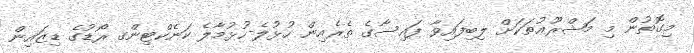
މިގޮތުން މި މަޝްރޫޢުތަކަށް ލިބިފައިވާ ފައިސާގެ ތެރެއިން ހުޅުލެ-ހުޅުމާލެ ކަނެކްޓިންގ ރޯޑުގެ ޑިޒައިން